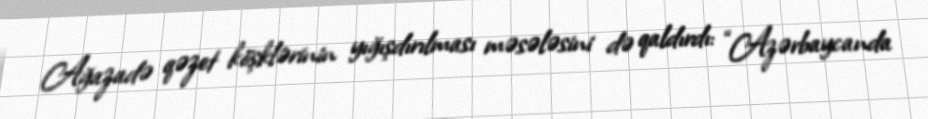
Ağazadə qəzet köşklərinin yığışdırılması məsələsini də qaldırdı: “Azərbaycanda